Report of the Indian Hemp Drugs Commission, 1894-1895 - Volume IV
Year: 1894
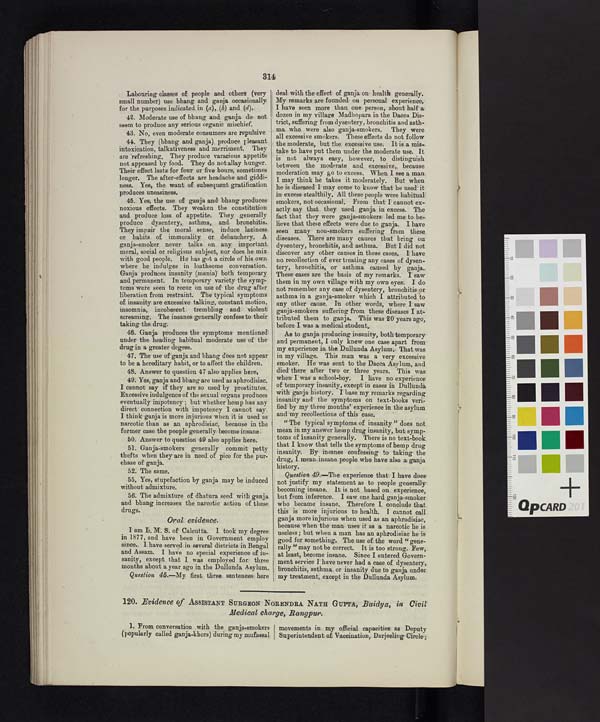
42. Moderate use of bhang and ganja do not
seem to produce any serious organic mischief.
43. No, even moderate consumers are repulsive.
44. They (bhang and ganja), produce pleasant
intoxication, talkativeness and merriment. They
are refreshing. They produce varacious appetite
not appeased by food. They do not allay hunger.
Their effect lasts for four or five hours, sometimes
longer. The after-effects are headache and giddi-
ness. Yes, the want of subsequent gratification
produces uneasiness.
45. Yes, the use of ganja and bhang produces
noxious effects. They weaken the constitution
and produce loss of appetite. They generally
produce dysentery, asthma, and bronchitis.
They impair the moral sense, induce laziness
or habits of immorality or debauchery. A
ganja-smoker never talks on any important
moral, social or religious subject, nor does he mix
with good people. He has got a circle of his own
where he indulges in loathsome conversation.
Ganja produces insanity (mania) both temporary
and permanent. In temporary variety the symp-
toms were seen to recur on use of the drug after
liberation from restraint. The typical symptoms
of insanity are excessive talking, constant motion,
insomnia, incoherent trembling and: violent
screaming. The insanes generally confess to their
taking the drug.
46. Ganja produces the symptoms mentioned
under the heading habitual moderate use of the
drug in a greater degree.
47. The use of ganja and bhang does not appear
to be a hereditary habit, or to affect the children.
48. Answer to question 47 also applies here,
49. Yes, ganja and bhang are used as aphrodisiac.
I cannot say if they are so used by prostitutes.
Excessive indulgence of the sexual organs produces
eventually impotency; but whether hemp has any
direct connection with impotency I cannot say.
I think ganja is more injurious when it is used as
narcotic than as an aphrodisiac, because in the
former case the people generally become insane.
50. Answer to question 49 also applies here.
51. Ganja-smokers generally commit petty
thefts when they are in need of pice for the pur-
chase of ganja.
52. The same.
55. Yes, stupefaction by ganja may be induced
without admixture.
56. The admixture of dhatura seed with ganja
and bhang increases the narcotic action of these
drugs.
Oral evidence.
I am L. M. S. of Calcutta. I took my degree
in 1877, and have been in Government employ
since. I have served in several districts in Bengal
and Assam. I have no special experience of in-
sanity, except that I was employed for three
months about a year ago in the Dullunda Asylum.
Question 45.—My first three sentences here
dozen in my village Madhopara in the Dacca Dis-
trict, suffering from dysentery, bronchitis and asth-
ma who, were also ganja-smokers. They were
all excessive smokers. These effects do not follow
the moderate, but the: excessive use. It is a mis-
take to have put them under the moderate use. It
is not always easy, however, to distinguish
between the moderate and excessive, because
moderation may go to excess. When I see a man
I may think he takes it moderately. But when
he is diseased I may come to know that he used it
in excess stealthily. All these people were habitual
smokers, not occasional. From that I cannot ex-
actly say that they used ganja in excess. The
fact that they were ganja-smokers led me to be-
lieve that these effects were due to ganja. I have
seen many non-smokers suffering from these
diseases. There are many causes that bring on
dysentery, bronchitis, and asthma. But I did not
discover any other causes in these cases. I have
no recollection of ever treating any cases of dysen-
tery, bronchitis, or asthma caused by ganja.
These cases are the basis of my remarks. I saw
them in my own village with my own eyes. I do
not remember any case of dysentery, bronchitis or
asthma in a ganja-smoker which I attributed to
any other cause. In other words, where I saw
ganja-smokers suffering from these diseases I at-
tributed them to ganja. This was 20 years ago,
before I was a medical student...
As to ganja producing insanity, both temporary
and permanent, I only knew one case apart from
my experience in the Dullunda Asylum. That was
in my village. This man was a very excessive
smoker. He was sent to the Dacca Asylum, and
died there after two or three years. This was
when I was a school-boy. I have no experience
of temporary insanity, except in cases in Dullunda
with ganja history. I base my remarks regarding
insanity and the symptoms on text-books veri-
fied by my three months' experience in the asylum
and my recollections of this case.
"The typical symptoms of insanity" does not
mean in my answer hemp drug insanity, but symp-
toms of insanity generally. There is no text-book-
that I know that tells the symptoms of hemp drug
insanity. By insanes confessing to taking the
drug, I mean insane people who have also a ganja
history.
Question 49.— The experience that I have does
not justify my statement as to people generally
becoming insane. It is not based on experience,
but from inference. I saw one hard ganja-smoker
who became insane. Therefore I conclude that.
this is more injurious to health. I cannot call
ganja more injurious when used as an aphrodisiac,
because when the man uses it as a narcotic he is
useless; but when a man has an aphrodisiac he is
good for something. The use of the word "gene-
rally" may not be correct. It is too strong. Few,
at least, become insane. Since I entered Govern-
ment service I have never had a case of dysentery,
bronchitis, asthma or insanity due to ganja under
my treatment, except in the Dullunda Asylum.
120. Evidence of ASSISTANT SURGEON NORENDRA NATH GUPTA, Baidya, in Civil
Medical charge, Rangpur.
1. From conversation with the ganja-smokers
(popularly called ganja-khors) during my mufassal.
movements in my official capacities as Deputy
Superintendent of Vaccination, Darjeeling Circle,